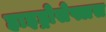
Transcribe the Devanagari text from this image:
हाइड्रोसेफ्लस